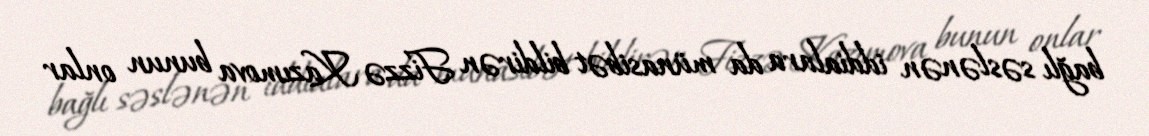
bağlı səslənən iddialara da münasibət bildirən Fizzə Kazımova bunun onlar